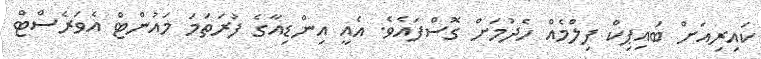
ކައިރިއަށް ބައިޕިކް ފިލްމެއް ހެދުމަށް ގޮސްފައެވެ. އެއީ އިންޑިއާގެ ފުރަތަމަ މައުންޓް އެވަރެސްޓް